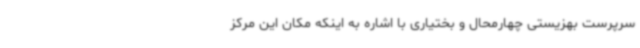
سرپرست بهزیستی چهارمحال و بختیاری با اشاره به اینکه مکان این مرکز